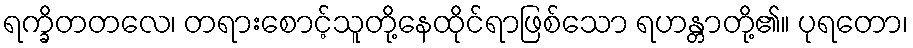
ရက္ခိတတလေ၊ တရားစောင့်သူတို့နေထိုင်ရာဖြစ်သော ရဟန္တာတို့၏။ ပုရတော၊